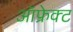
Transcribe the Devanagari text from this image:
ऑफ्रेक्ट